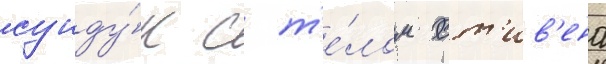
сунду́к с т'е́лом ст'ив'ена